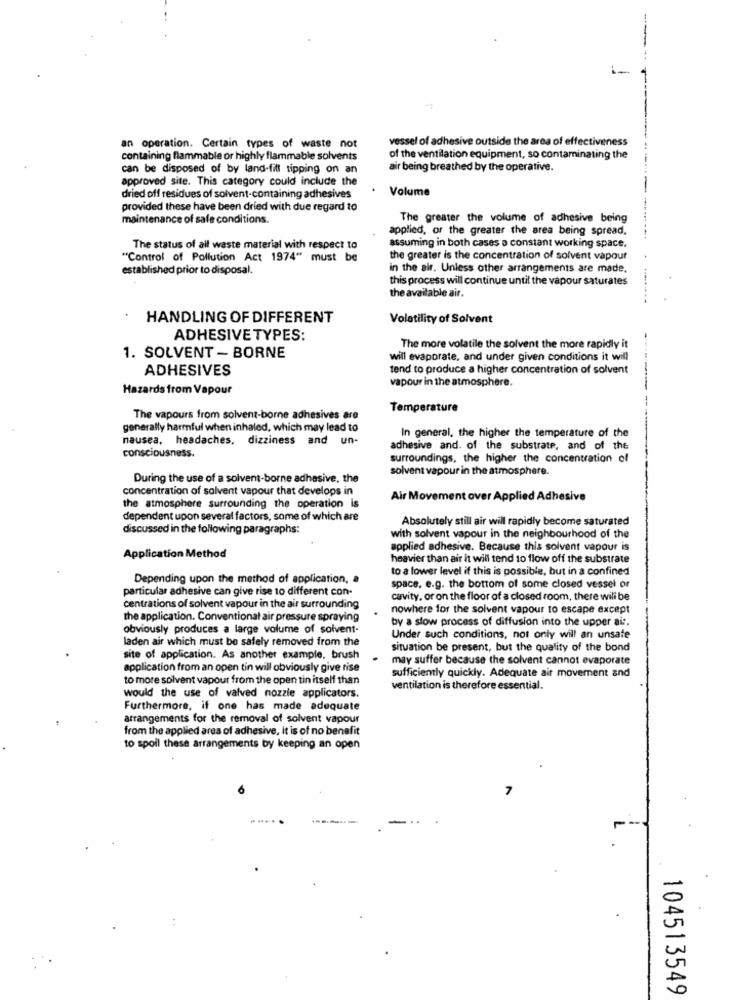
vessel of adhesive outside the area of effectiveness
an operation. Certain types of waste not
containing flammable or highly flammable solvents
of the ventilation equipment, so contaminating the
can be disposed of by land-fill tipping on an
air being breathed by the operative.
approved site. This category could include the
Volume
dried off residues of solvent-containing adhesives
provided these have been dried with due regard to
maintenance of safe conditions.
The greater the volume of adhesive being
applied, or the greater the area being spread,
assuming in both cases a constant working space.
The status of all waste material with respect to
"Control of Pollution Act 1974" must be
the greater is the concentration of solvent vapour
established prior to disposal.
in the air. Unless other arrangements are made.
this process will continue until the vapour saturates
the available air.
HANDLING OF DIFFERENT
Volatility of Solvent
ADHESIVE TYPES:
The more volatile the solvent the more rapidly it
1. SOLVENT - BORNE
will evaporate, and under given conditions it will
ADHESIVES
tend to produce a higher concentration of solvent
vapour in the atmosphere.
Hazards from Vapour
Temperature
The vapours from solvent-borne adhesives are
generally harmful when inhaled, which may lead to
nausea, headaches, dizziness and un-
In general, the higher the temperature of the
consciousness.
adhesive and. of the substrate, and of the
surroundings, the higher the concentration of
solvent vapour in the atmosphere.
During the use of a solvent-borne adhesive, the
concentration of solvent vapour that develops in
Air Movement over Applied Adhesive
the atmosphere surrounding the operation is
dependent upon several factors, some of which are
Absolutely still air will rapidly become saturated
discussed in the following paragraphs:
with solvent vapour in the neighbourhood of the
applied adhesive. Because this solvent vapour is
Application Method
heavier than air it will tend to flow off the substrate
to a lower level if this is possible, but in a confined
Depending upon the method of application, a
particular adhesive can give rise to different con-
space, e.g. the bottom of some closed vessel or
cavity, or on the floor of a closed room, there will be
centrations of solvent vapour in the air surrounding
nowhere for the solvent vapour to escape except
the application. Conventional air pressure spraying
by a slow process of diffusion into the upper ai :.
obviously produces a large volume of solvent-
laden air which must be safely removed from the
Under such conditions, not only will an unsate
situation be present, but the quality of the bond
site of application. As another example, brush
may suffer because the solvent cannot evaporate
application from an open tin will obviously give rise
to more solvent vapour from the open tin itself than
sufficiently quickly. Adequate air movement and
ventilation is therefore essential.
would the use of valved nozzle applicators.
Furthermore, if one has made adequate
arrangements for the removal of solvent vapour
from the applied area of adhesive, it is of no benefit
to spoil these arrangements by keeping an open
7
104513549